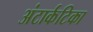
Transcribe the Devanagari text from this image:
अंटार्कटिका